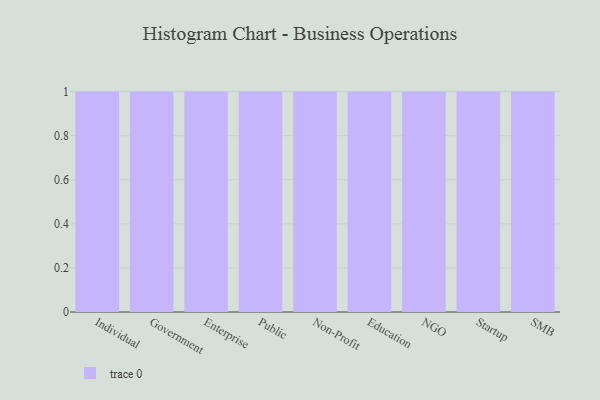
{"axis": {"x": "Segment", "y": "Population (Million)"}, "legend": [""], "data": [{"x": "Individual", "y": 21, "type": ""}, {"x": "Government", "y": 73, "type": ""}, {"x": "Enterprise", "y": 76, "type": ""}, {"x": "Public", "y": 15, "type": ""}, {"x": "Non-Profit", "y": 88, "type": ""}, {"x": "Education", "y": 83, "type": ""}, {"x": "NGO", "y": 84, "type": ""}, {"x": "Startup", "y": 6, "type": ""}, {"x": "SMB", "y": 45, "type": ""}]}